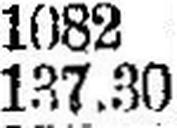
137.30